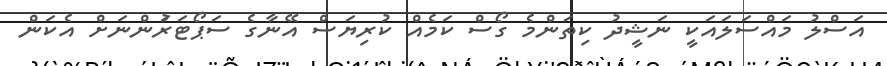
އަސްލު މައްސަލައަކީ ނަޝީދު ކިތަންމެ ގޯސް ކަމެއް ކުރިޔަސް އޭނާގެ ސަޕޯޓަރަުންނަށް އެކަން